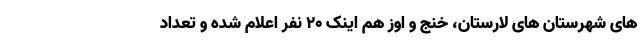
های شهرستان های لارستان، خنج و اوز هم اینک ۲۰ نفر اعلام شده و تعداد